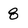
Character: 8